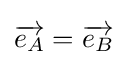
{\overrightarrow {e_{A}}}={\overrightarrow {e_{B}}}